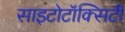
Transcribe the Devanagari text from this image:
साइटोटॉक्सिटी